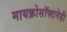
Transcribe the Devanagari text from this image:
मायक्रोसॉफ्टनेही